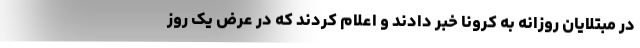
در مبتلایان روزانه به کرونا خبر دادند و اعلام کردند که در عرض یک روز